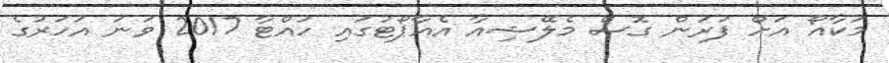
މަކާއޯ އަށް ފުރަން ގޮސް މެލޭޝިއާ އެއާޕޯޓުގައި ހުއްޓާ 2017 ވަނަ އަހަރުގެ